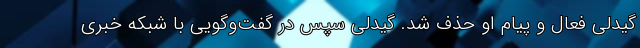
گیدلی فعال و پیام او حذف شد. گیدلی سپس در گفت‌وگویی با شبکه خبری